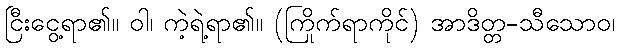
ငြီးငွေ့ရာ၏။ ဝါ၊ ကဲ့ရဲ့ရာ၏။ (ကြိုက်ရာကိုင်) အာဒိတ္တ-သီသောဝ၊